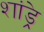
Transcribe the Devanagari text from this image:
शांड्रे